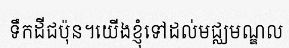
ទឹកដីជប៉ុន។យើងខ្ញុំទៅដល់មជ្ឈមណ្ឌល